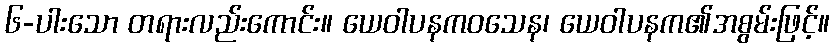
၆-ပါးသော တရားလည်းကောင်း။ ယေဝါပနကဝသေန၊ ယေဝါပနက၏အစွမ်းဖြင့်။